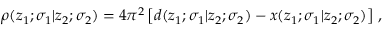
\rho ( z _ { 1 } ; \sigma _ { 1 } | z _ { 2 } ; \sigma _ { 2 } ) = 4 \pi ^ { 2 } \left[ d ( z _ { 1 } ; \sigma _ { 1 } | z _ { 2 } ; \sigma _ { 2 } ) - x ( z _ { 1 } ; \sigma _ { 1 } | z _ { 2 } ; \sigma _ { 2 } ) \right] \, ,